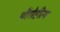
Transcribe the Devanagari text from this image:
पौरोहीत्य